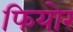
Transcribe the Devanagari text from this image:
फियोर